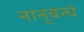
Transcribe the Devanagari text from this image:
नानुबन्धं